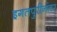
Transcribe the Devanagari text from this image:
इगतपुरीनंतर